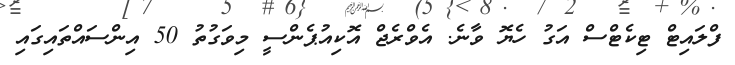
ފްލައިޓް ޓިކެޓްސް އަގު ހެޔޮ ވާނެ. އެވްރެޖް އޮކިއުޕެންސީ މިވަގުތު 50 އިންސައްތައިގައި